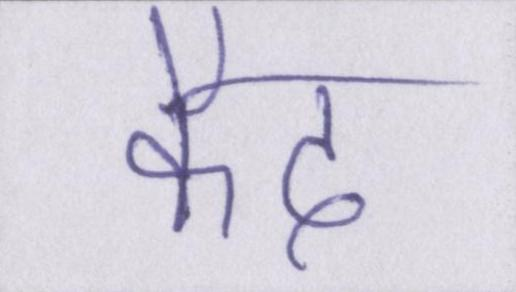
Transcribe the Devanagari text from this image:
कैद